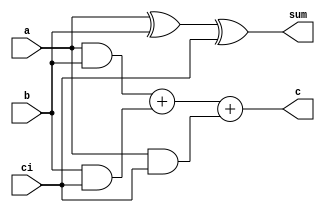
`timescale 1ns / 1ps
//////////////////////////////////////////////////////////////////////////////////
// Company: 
// Engineer: 
// 
// Design Name: 
// Module Name:    adder1bit 
// Project Name: 
// Target Devices: 
// Tool versions: 
// Description: 
//
// Dependencies: 
//
// Revision: 
// Revision 0.01 - File Created
// Additional Comments: 
//
//////////////////////////////////////////////////////////////////////////////////
module adder1bit(
input a,
input b,
input ci,
output sum,
output c
    );
assign sum = a^b^ci;
assign c=(a&b)+(b&ci)+(a&ci);
endmodule